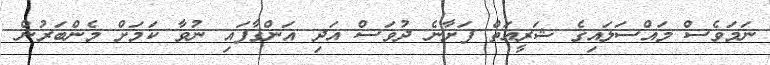
ނަމަވެސް މައްސަލައިގެ ޝަރީއަތް ފަށާނެ ދުވަސް އަދި އަންގާފައި ނުވާ ކަމަށް މެންބަރުން